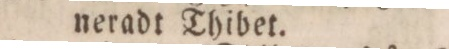
neradt Thibet.